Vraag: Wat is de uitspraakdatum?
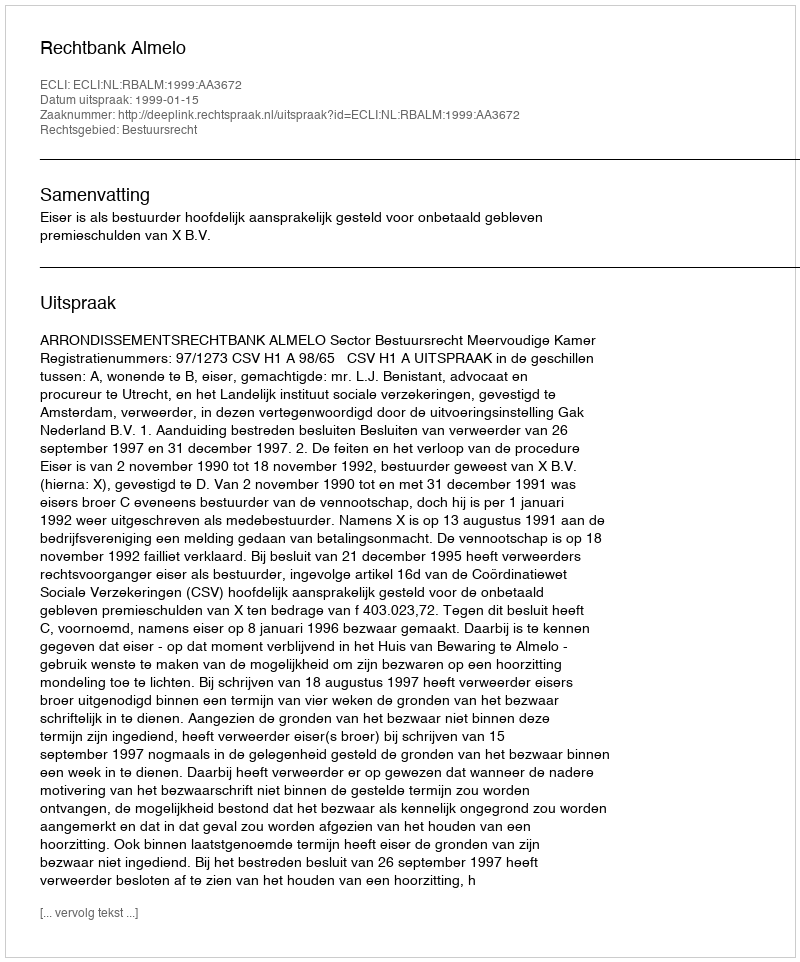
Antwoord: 1999-01-15